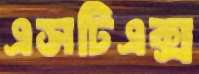
এসটিএক্স